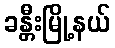
ခန္တီးမြို့နယ်